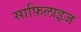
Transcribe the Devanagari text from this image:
साफ़िलाइज